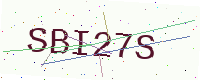
Text: SBI27S